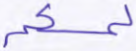
لمسكم